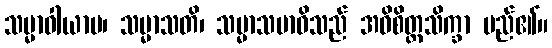
သမ္မာဝါယာမ၊ သမ္မာသတိ၊ သမ္မာသမာဓိသည် အဓိစိတ္တသိက္ခာ မည်၏။